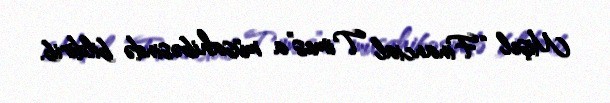
Mişel “Financial Times”a müsahibəsində bildirib.